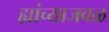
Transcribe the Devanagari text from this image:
ह्यांच्याजवळ